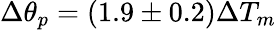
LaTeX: \Delta\theta_{p}=(1.9\pm 0.2)\Delta T_{m}